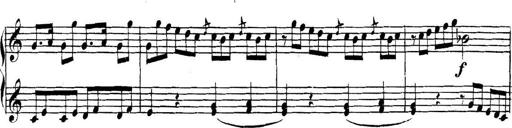
Title: Collected Piano Sonatas
Composer: Muzio Clementi